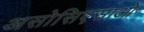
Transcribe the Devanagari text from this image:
असोसिएसाओ